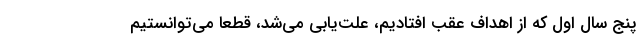
پنج سال اول که از اهداف عقب افتادیم، علت‌یابی می‌شد، قطعاً می‌توانستیم